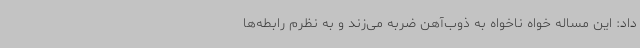
داد: این مساله خواه ناخواه به ذوب‌آهن ضربه می‌زند و به نظرم رابطه‌ها